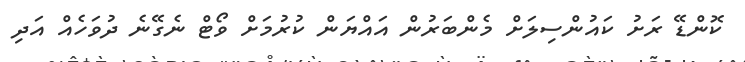
ކޮންޑޭ ރަށު ކައުންސިލަށް މެންބަރުން އައްޔަން ކުރުމަށް ވޯޓް ނެގޭނެ ދުވަހެއް އަދި